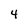
Character: 4